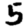
Digit: 5